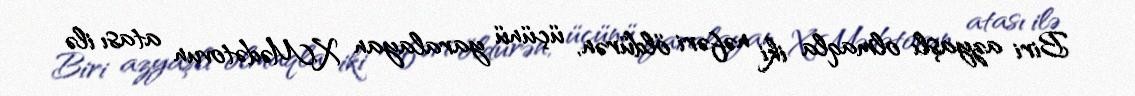
Biri azyaşlı olmaqla iki nəfəri öldürən, üçünü yaralayan X.Mədətovun atası ilə